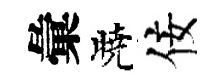
彙曉佞